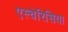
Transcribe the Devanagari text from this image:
एस्चेरिसिया